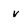
Character: V